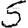
Digit: 5